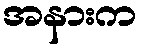
အနားက